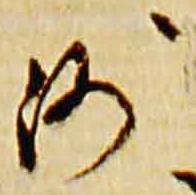
沙